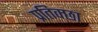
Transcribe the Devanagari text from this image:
प्रतिक्छा